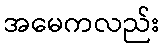
အမေကလည်း